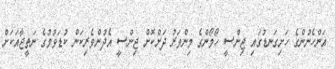
އަންހެނުންގެ ހަށިގަނޑުގައި ޖިންސީ ހޯމޯންގެ މިންވަރު ދަށްކޮށް ޖިންސީ އެދުންވެރިކަން ކުޑަވުމުގެ ނަތީޖާއަކަށް